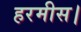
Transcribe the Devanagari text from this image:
हरमीस।